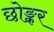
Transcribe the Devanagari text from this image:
छोङ्कर